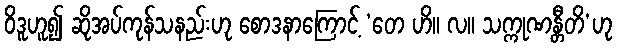
ဝိဒူဟူ၍ ဆိုအပ်ကုန်သနည်းဟု စောဒနာကြောင့် ‘တေ ဟိ။ လ။ သက္ကုဏန္တီတိ’ဟု